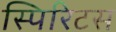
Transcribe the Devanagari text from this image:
स्पिरिटस